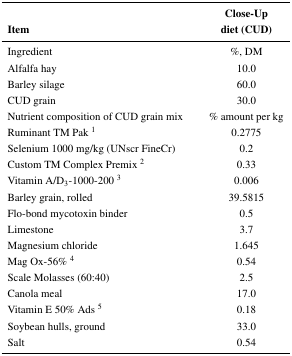
<table><thead><tr><td></td><td><b>Close-Up</b></td></tr><tr><td><b>Item</b></td><td><b>diet (CUD)</b></td></tr></thead><tbody><tr><td>Ingredient</td><td>%, DM</td></tr><tr><td>Alfalfa hay</td><td>10.0</td></tr><tr><td>Barley silage</td><td>60.0</td></tr><tr><td>CUD grain</td><td>30.0</td></tr><tr><td>Nutrient composition of CUD grain mix</td><td>% amount per kg</td></tr><tr><td>Ruminant TM Pak <sup>1</sup></td><td>0.2775</td></tr><tr><td>Selenium 1000 mg/kg (UNscr FineCr)</td><td>0.2</td></tr><tr><td>Custom TM Complex Premix <sup>2</sup></td><td>0.33</td></tr><tr><td>Vitamin A/D<sub>3</sub>-1000-200 <sup>3</sup></td><td>0.006</td></tr><tr><td>Barley grain, rolled</td><td>39.5815</td></tr><tr><td>Flo-bond mycotoxin binder</td><td>0.5</td></tr><tr><td>Limestone</td><td>3.7</td></tr><tr><td>Magnesium chloride</td><td>1.645</td></tr><tr><td>Mag Ox-56% <sup>4</sup></td><td>0.54</td></tr><tr><td>Scale Molasses (60:40)</td><td>2.5</td></tr><tr><td>Canola meal</td><td>17.0</td></tr><tr><td>Vitamin E 50% Ads <sup>5</sup></td><td>0.18</td></tr><tr><td>Soybean hulls, ground</td><td>33.0</td></tr><tr><td>Salt</td><td>0.54</td></tr></tbody></table>